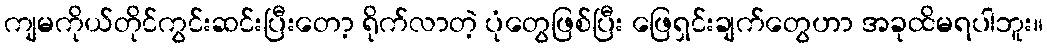
ကျမကိုယ်တိုင်ကွင်းဆင်းပြီးတော့ ရိုက်လာတဲ့ ပုံတွေဖြစ်ပြီး ဖြေရှင်းချက်တွေဟာ အခုထိမရပါဘူး။